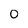
Character: 0